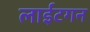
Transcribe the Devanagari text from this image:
लाईटगन